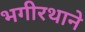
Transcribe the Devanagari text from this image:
भगीरथाने